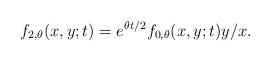
LaTeX: \begin{align*}f_{2,\theta}(x,y;t) = e^{\theta t/2}f_{0,\theta}(x,y;t)y/x.\end{align*}